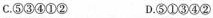
C.⑤③④①② D.⑤①③④②